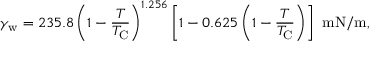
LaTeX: \gamma _ { \mathrm { w } } = 2 3 5 . 8 \left( 1 - { \frac { T } { T _ { \mathrm { C } } } } \right) ^ { 1 . 2 5 6 } \left[ 1 - 0 . 6 2 5 \left( 1 - { \frac { T } { T _ { \mathrm { C } } } } \right) \right] ~ { \mathrm { m N / m } } ,